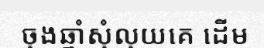
ចុងឆ្នាំសុំលុយគេ ដើម